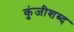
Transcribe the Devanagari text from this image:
कुंजीशब्द